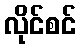
လိုင်စင်